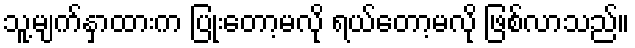
သူ့မျက်နှာထားက ပြုံးတော့မလို ရယ်တော့မလို ဖြစ်လာသည်။